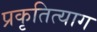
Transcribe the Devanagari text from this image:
प्रकृतित्याग